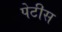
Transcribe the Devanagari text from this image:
पेटीस